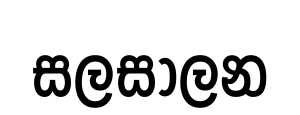
සලසාලන